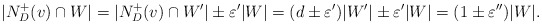
\begin{align*}|N_D^+(v)\cap W|= |N_D^+(v)\cap W'|\pm\varepsilon' |W|=(d\pm \varepsilon')|W'|\pm\varepsilon' |W|=(1\pm\varepsilon'')|W|.\end{align*}